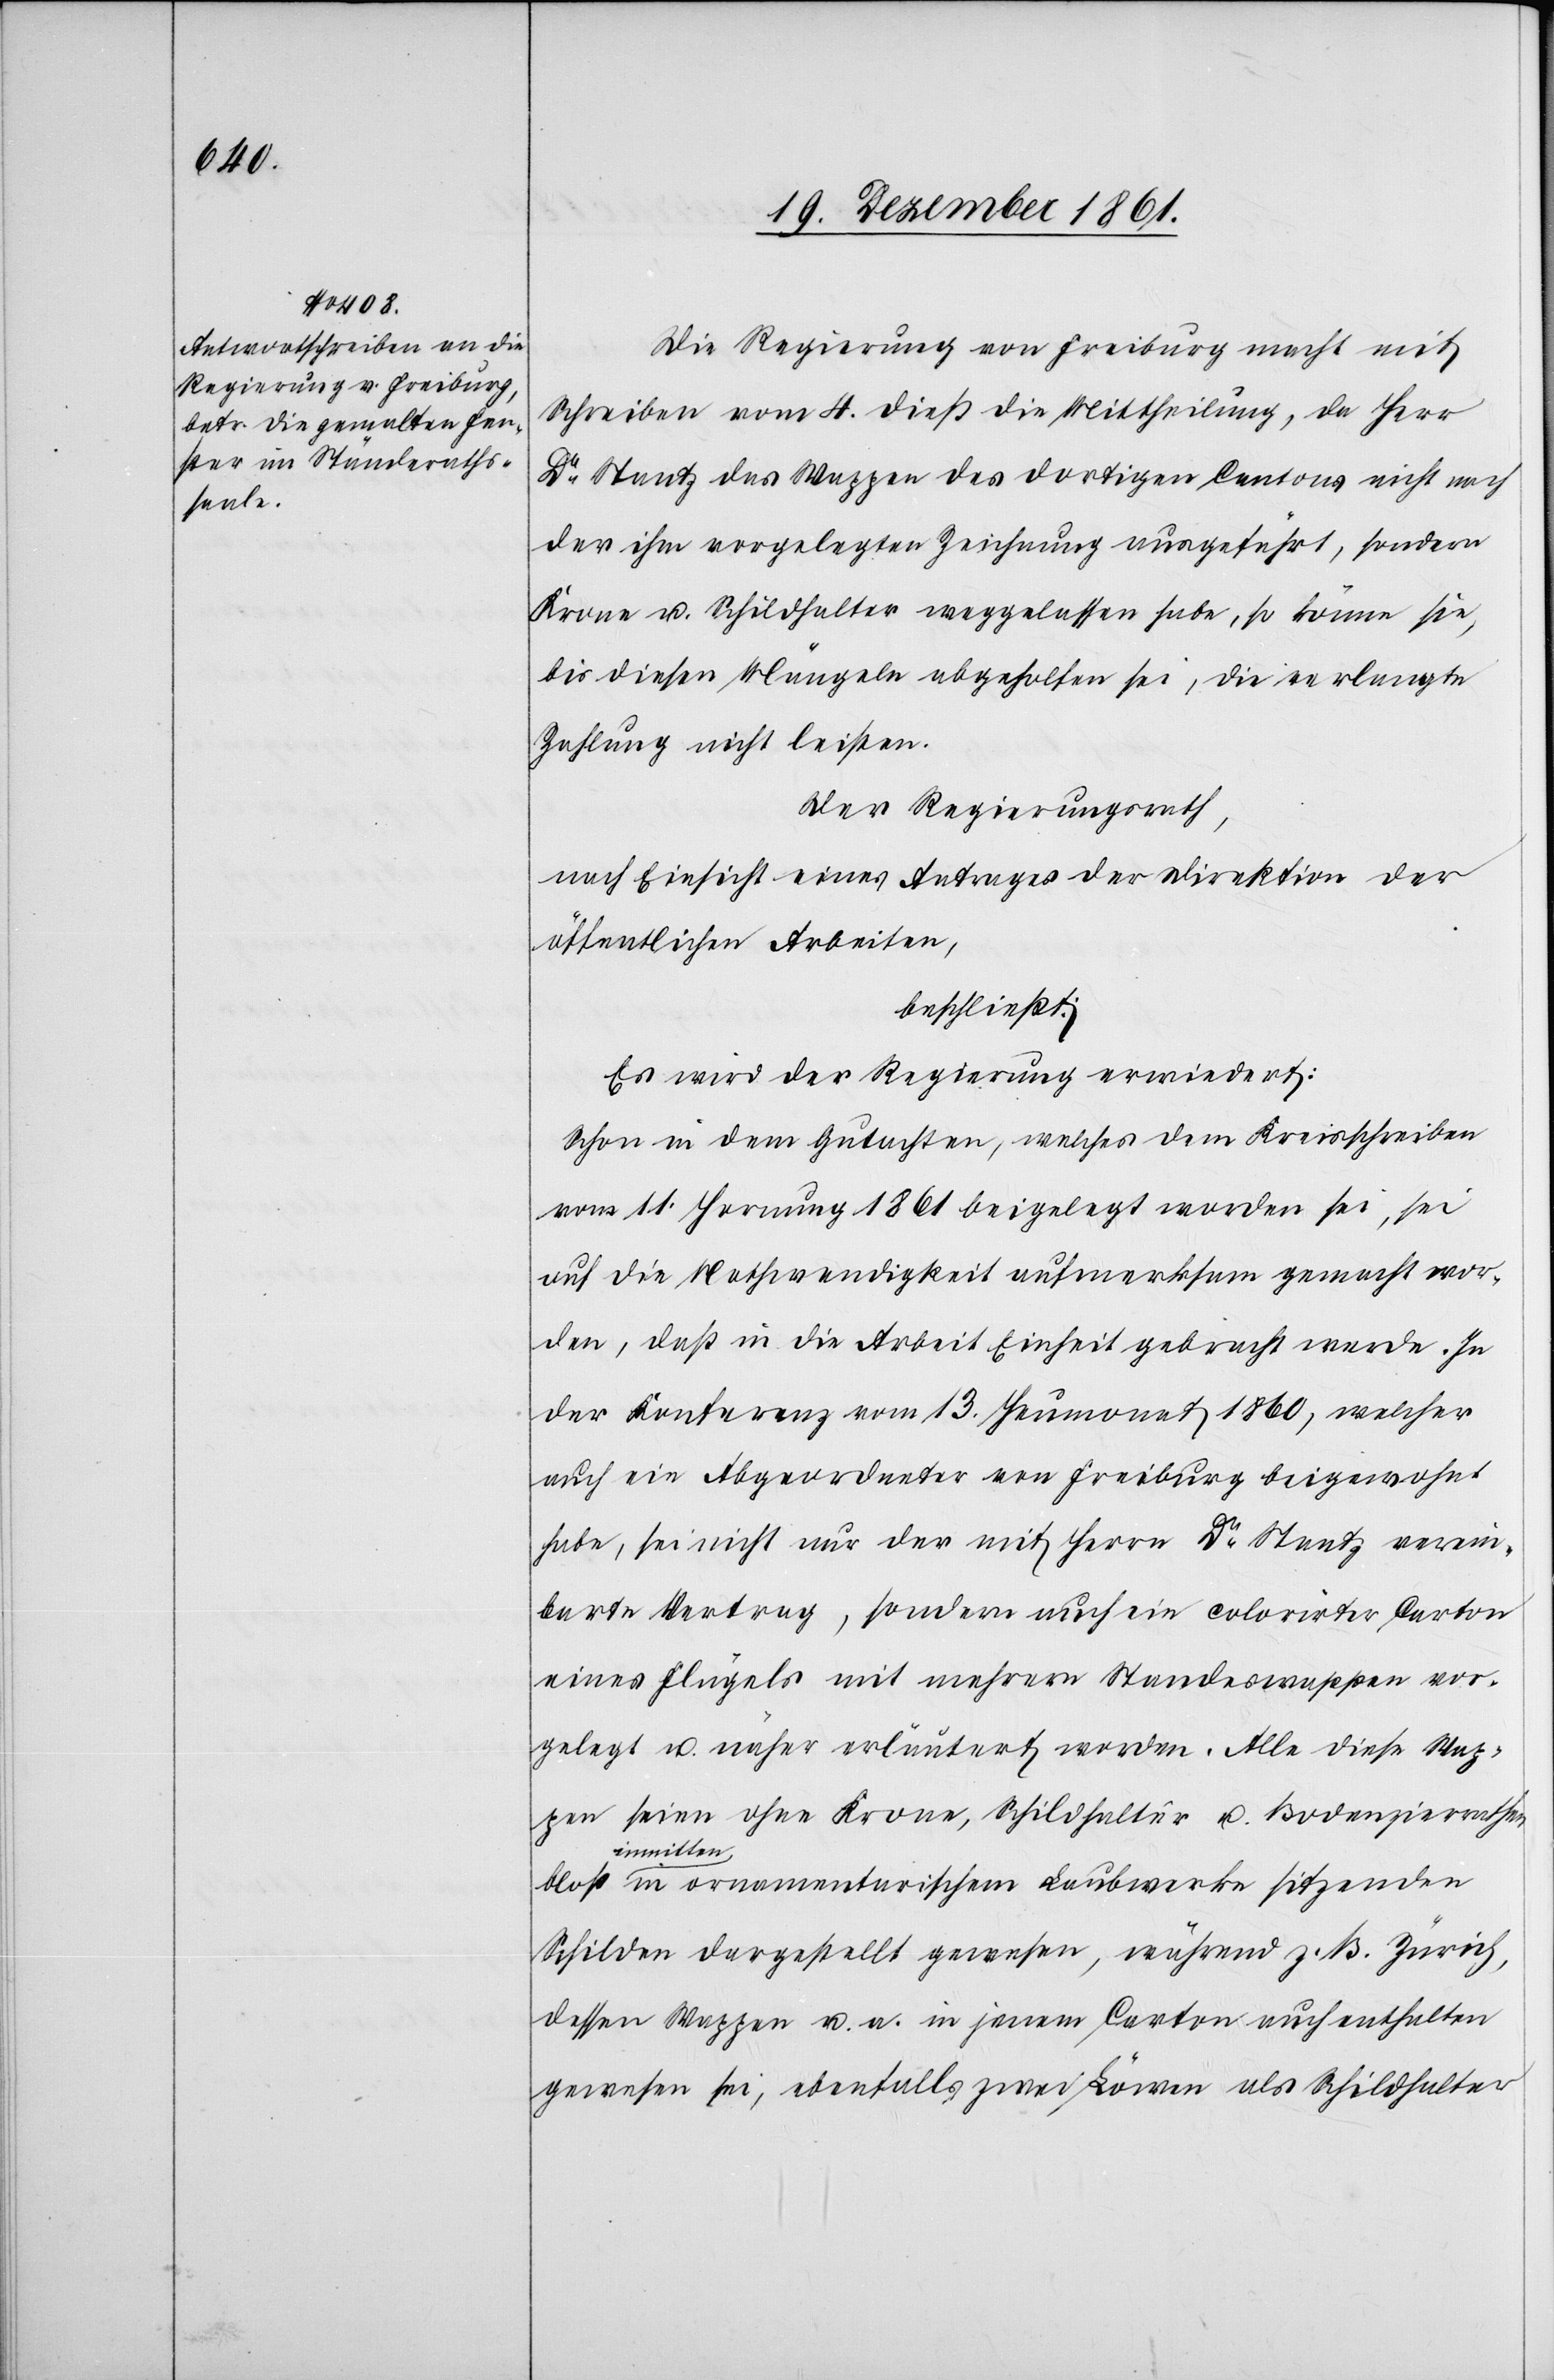
Die Regierung von Freiburg macht mit
Schreiben vom 4 dieß die Mittheilung, da Herr
Dr Stantz das Wappen des dortigen Cantons nicht nach
der ihm vorgelegten Zeichnung ausgeführt, sondern
Krone u. Schildhalter weggelassen habe, so könne sie,
bis diesen Mängeln abgeholfen sei, die verlangte
Zahlung nicht leisten.
Der Regierungsrath,
nach Einsicht eines Antrages der Direktion der
öffentlichen Arbeiten,
beschließt:
Es wird der Regierung erwiedert:
Schon in dem Gutachten, welches dem Kreisschreiben
vom 11 Hornung 1861 beigelegt worden sei, sei
auf die Nothwendigkeit aufmerksam gemacht wor¬
den, daß in die Arbeit Einheit gebracht werde. In
der Konferenz vom 13 Heumonat 1860, welcher
auch ein Abgeordneter von Freiburg beigewohnt
habe, sei nicht nur der mit Herrn Dr Stantz verein¬
barte Vertrag, sondern auch ein colorirter Carton
eines Flügels mit mehrern Standeswappen vor¬
gelegt u. näher erläutert worden. Alle diese Wap¬
pen seien ohne Krone, Schildhalter u. Bodenzierrathen
inmitte¬
n in ornamentarischem Laubwerke sitzenden
Schildern dargestellt gewesen, während z. B. Zürich,
dessen Wappen u. a. in jenem Carton auch enthalten
gewesen sei, ebenfalls zwei Löwen als Schildhalter